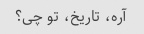
آره، تاریخ، تو چی؟